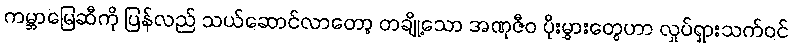
ကမ္ဘာမြေဆီကို ပြန်လည် သယ်ဆောင်လာတော့ တချို့သော အဏုဇီဝ ပိုးမွှားတွေဟာ လှုပ်ရှားသက်ဝင်